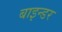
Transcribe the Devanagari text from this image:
बाइन्डर